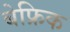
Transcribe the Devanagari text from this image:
बेफ्रिक